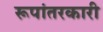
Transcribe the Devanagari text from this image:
रूपांतरकारी